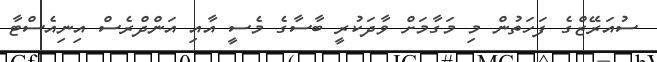
ސުއަރޭޒްގެ ފަހަތުން މި މަގާމަށް ވާދަކުރީ ބާސާގެ މެސީ އާއި އަންދްރެސް އިނިއެސްޓާ